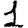
Digit: 1